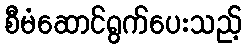
စီမံဆောင်ရွက်ပေးသည့်